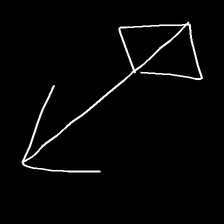
Glyph: focus